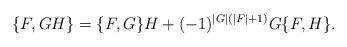
LaTeX: \begin{align*} \{F,GH\} = \{F,G\}H + (-1)^{|G|(|F|+1)}G\{F,H\}. \end{align*}